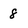
Character: 8